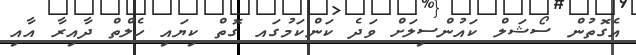
އެގޮތުން ސޯޝަލް ކައުންސިލަށް ވަދެ ކަންކަމުގައ ގޮތް ކިޔައި ހެލްތް ދާއިރާ އާއި